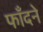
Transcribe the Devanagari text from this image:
फाँदने